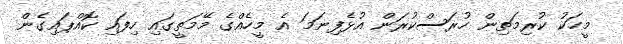
މީހަކު ކުރިމަތިން ހުރަސްކުރަން އުޅެފިނަމަ އެ މީހެއްގެ މޭމަތީގައި ހިފައި ކޮއްޕައިގެން